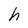
Character: h